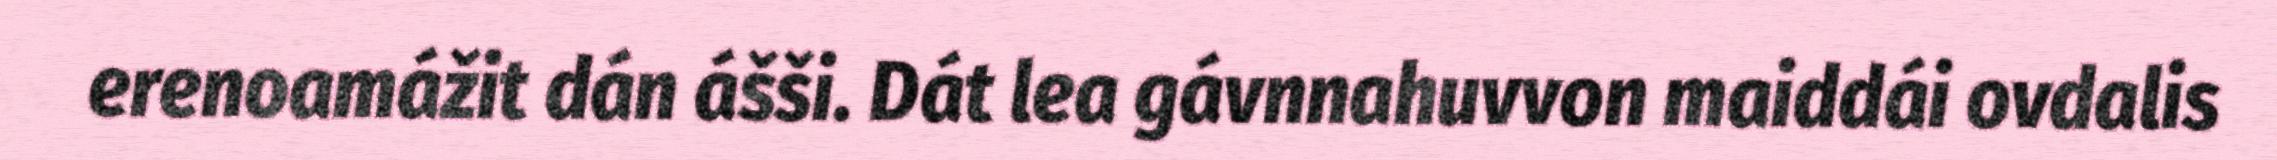
erenoamážit dán ášši. Dát lea gávnnahuvvon maiddái ovdalis